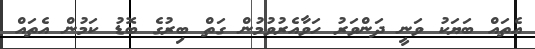
އެތައް ބަޔަކު ވަނީ ދަންވަރު ހަވާއެރުވުމުން ގަތް ބިރުގެ ބޮޑު ކަމުން އެތައް